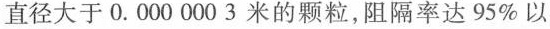
直径大于0.0000003米的颗粒，阻隔率达95%以